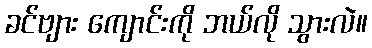
ခင်ဗျား ကျောင်းကို ဘယ်လို သွားလဲ။